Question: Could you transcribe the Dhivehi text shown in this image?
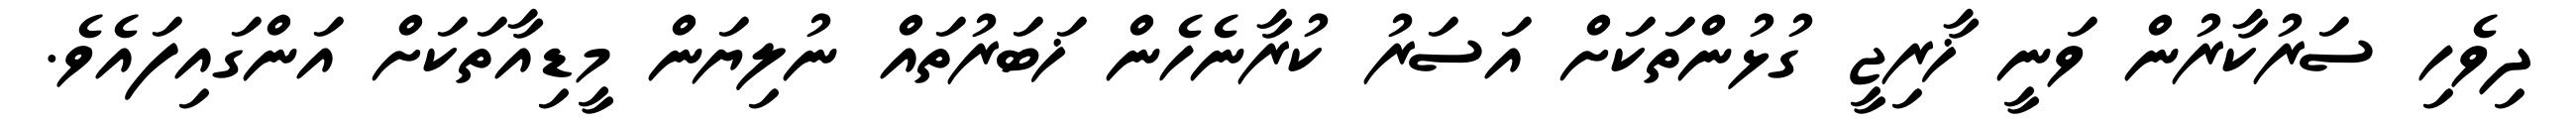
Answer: ދިވެހި ސަރުކާރުން ވަނީ ޚާރިޖީ ގުޅުންތަކަށް އަސަރު ކުރާނެހެން ޚަބަރުތައް ނުލިޔަން މީޑިއާތަކަށް އަންގައިފައެވެ.